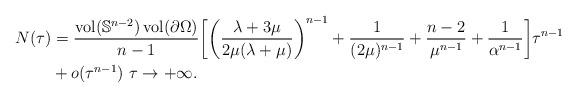
LaTeX: \begin{align*} N(\tau) &= \frac{\operatorname{vol}(\mathbb{S}^{n-2})\operatorname{vol}(\partial \Omega)}{n-1} \biggl[ \biggl( \frac{\lambda + 3\mu}{2\mu (\lambda + \mu)} \biggr)^{n-1} + \frac{1}{(2\mu)^{n-1}} + \frac{n-2}{\mu^{n-1}} + \frac{1}{\alpha^{n-1}} \biggr] \tau^{n-1} \\ &+ o(\tau^{n-1}) \ \tau \to +\infty. \end{align*}